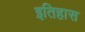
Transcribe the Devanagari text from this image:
इतिहास